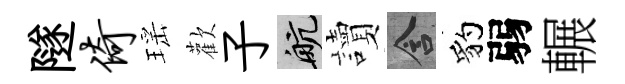
隧倚瑶歡子航讀含豹弱輾